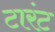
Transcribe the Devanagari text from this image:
टारंट